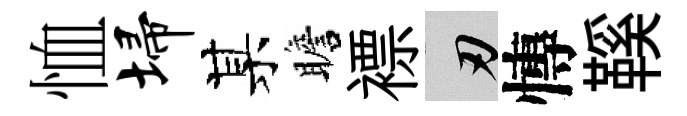
恤埽某瞻褾刃慱鞵